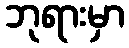
ဘုရားမှာ